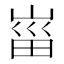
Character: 𡸟